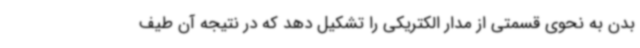
بدن به نحوی قسمتی از مدار الکتریکی را تشکیل دهد که در نتیجه آن طیف